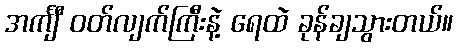
အင်္ကျီ ဝတ်လျက်ကြီးနဲ့ ရေထဲ ခုန်ချသွားတယ်။